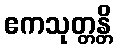
ဧကသုတ္တန္တိ